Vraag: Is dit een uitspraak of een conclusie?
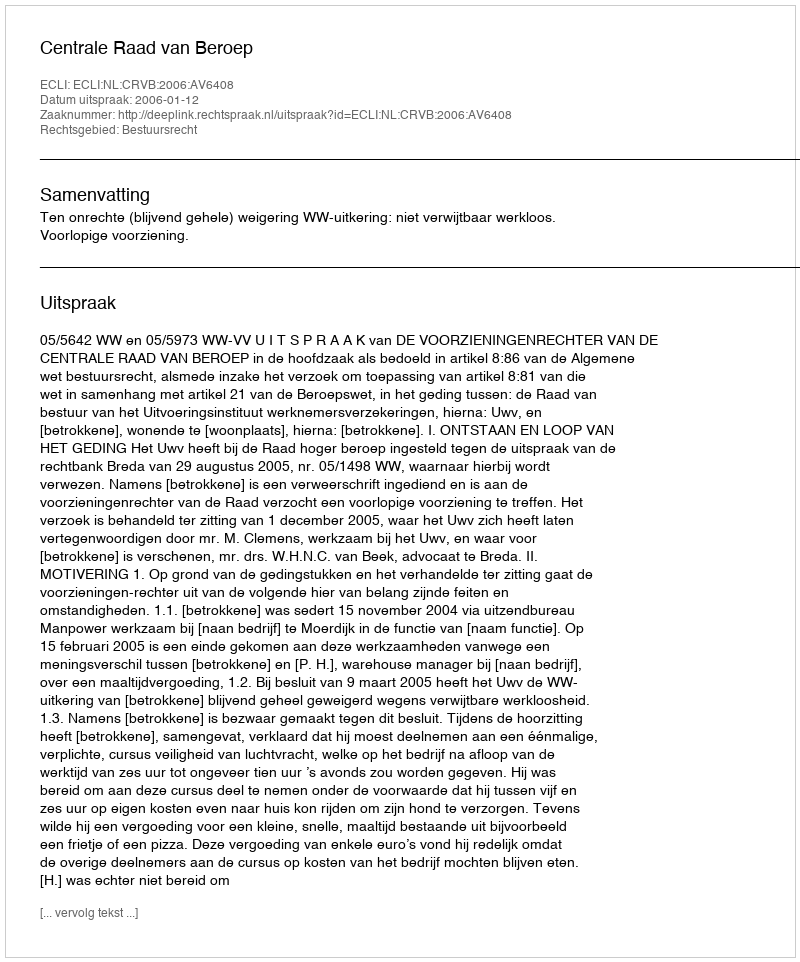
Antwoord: Uitspraak